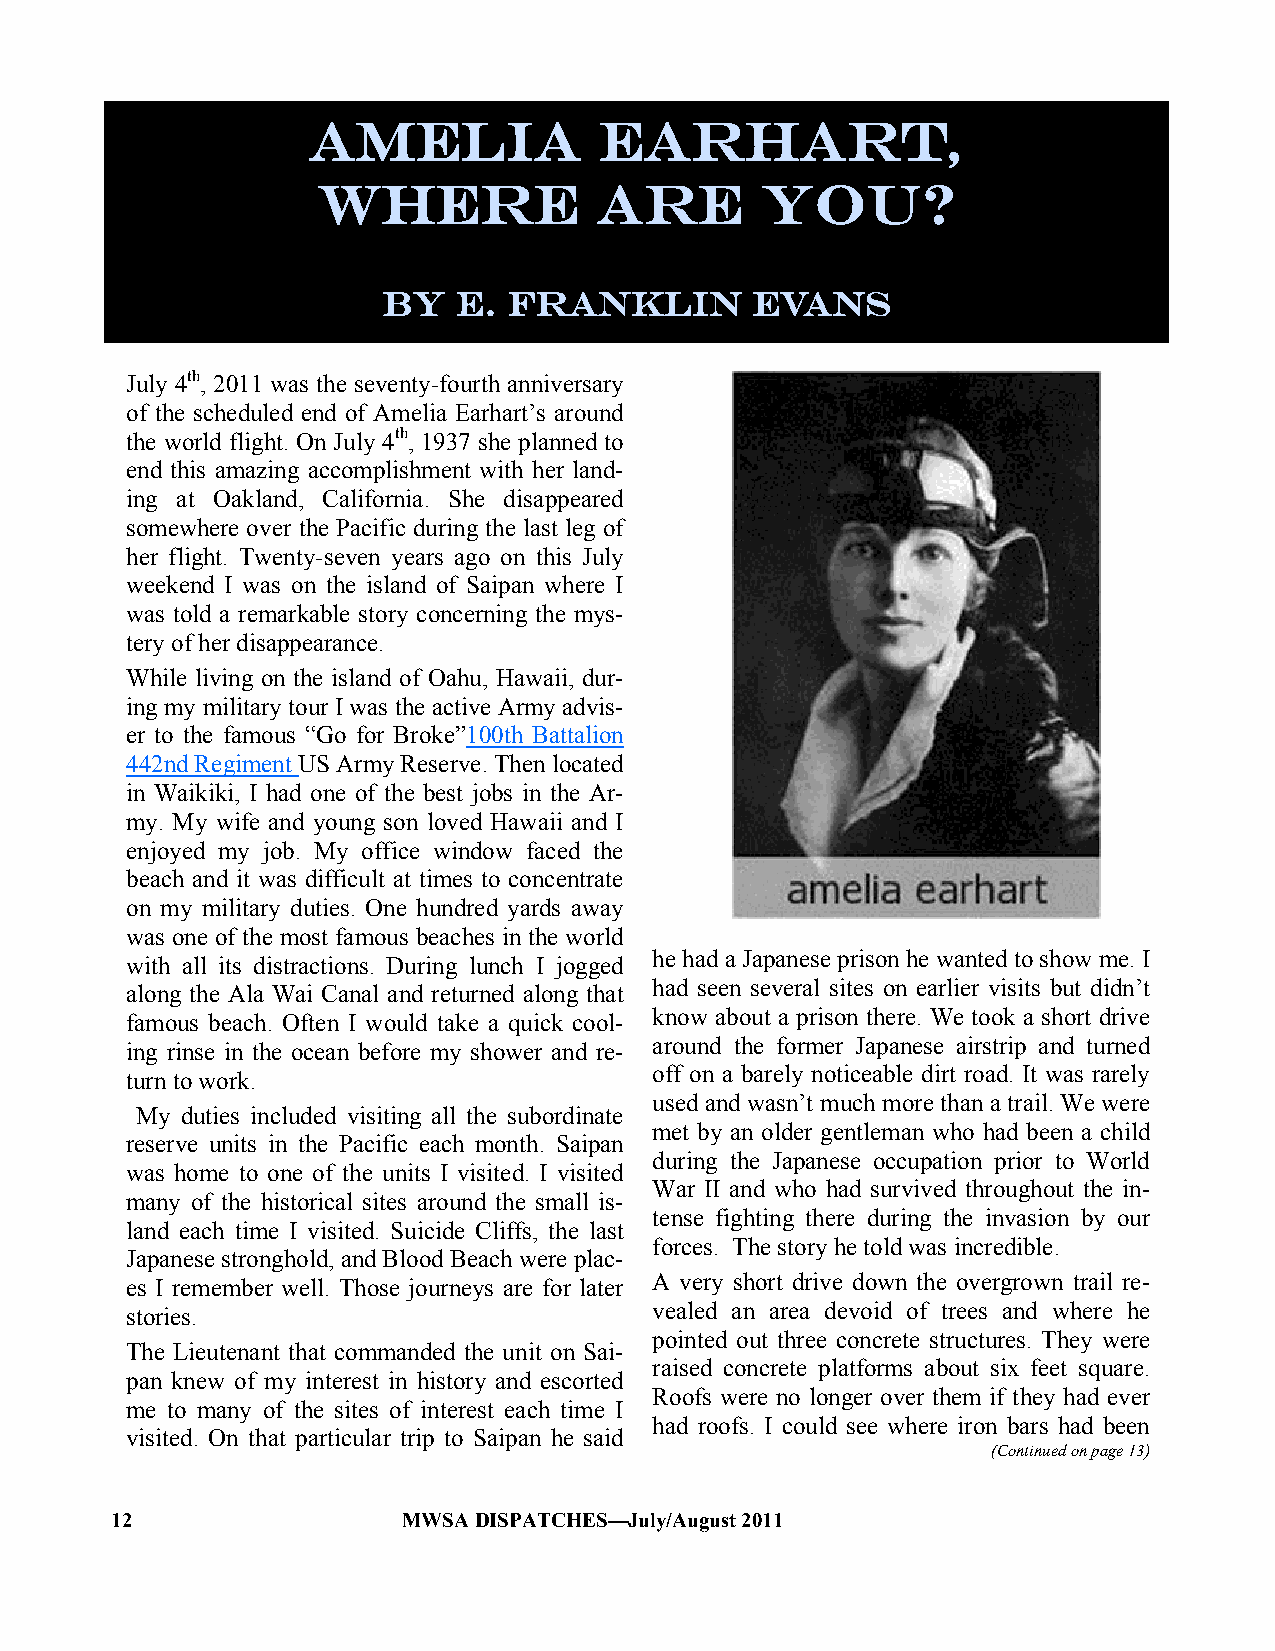
Amelia              Earhart,
 Where             Are        You?
 By   E.  Franklin        Evans
 July 4th, 2011 was the seventy-fourth anniversary
 of the scheduled end of Amelia Earhart‘s around
 the world flight. On July 4th, 1937 she planned to
 end this amazing accomplishment with her land-
 ing at Oakland, California. She disappeared
 somewhere over the Pacific during the last leg of
 her flight. Twenty-seven years ago on this July
 weekend I was on the island of Saipan where I
 was told a remarkable story concerning the mys-
 tery of her disappearance.
 While living on the island of Oahu, Hawaii, dur-
 ing my military tour I was the active Army advis-
 er to the famous ―Go for Broke‖100th Battalion
 442nd Regiment US Army Reserve. Then located
 in Waikiki, I had one of the best jobs in the Ar-
 my. My wife and young son loved Hawaii and I
 enjoyed my job. My office window faced the
 beach and it was difficult at times to concentrate
 on my military duties. One hundred yards away
 was one of the most famous beaches in the world
 with all its distractions. During lunch I jogged he had a Japanese prison he wanted to show me. I
 along the Ala Wai Canal and returned along that had seen several sites on earlier visits but didn‘t
 famous beach. Often I would take a quick cool- know about a prison there. We took a short drive
 ing rinse in the ocean before my shower and re- around the former Japanese airstrip and turned
 off on a barely noticeable dirt road. It was rarely
 turn to work.
 used and wasn‘t much more than a trail. We were
 My duties included visiting all the subordinate
 met by an older gentleman who had been a child
 reserve units in the Pacific each month. Saipan
 during the Japanese occupation prior to World
 was home to one of the units I visited. I visited
 War II and who had survived throughout the in-
 many of the historical sites around the small is-
 tense fighting there during the invasion by our
 land each time I visited. Suicide Cliffs, the last
 forces. The story he told was incredible.
 Japanese stronghold, and Blood Beach were plac-
 es I remember well. Those journeys are for later A very short drive down the overgrown trail re-
 vealed an area devoid of trees and where he
 stories.
 pointed out three concrete structures. They were
 The Lieutenant that commanded the unit on Sai-
 raised concrete platforms about six feet square.
 pan knew of my interest in history and escorted
 Roofs were no longer over them if they had ever
 me to many of the sites of interest each time I
 had roofs. I could see where iron bars had been
 visited. On that particular trip to Saipan he said
 (Continued on page 13)
 12                  MWSA DISPATCHES—July/August 2011